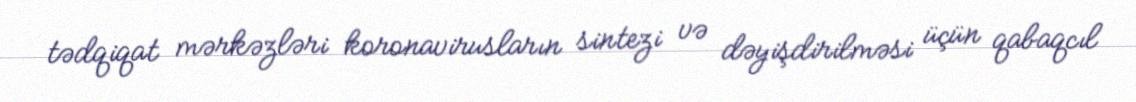
tədqiqat mərkəzləri koronavirusların sintezi və dəyişdirilməsi üçün qabaqcıl